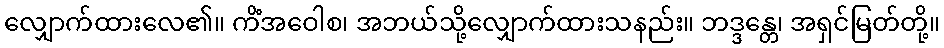
လျှောက်ထားလေ၏။ ကိံအဝေါစ၊ အဘယ်သို့လျှောက်ထားသနည်း။ ဘဒ္ဒန္တေ၊ အရှင်မြတ်တို့။